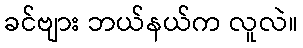
ခင်ဗျား ဘယ်နယ်က လူလဲ။